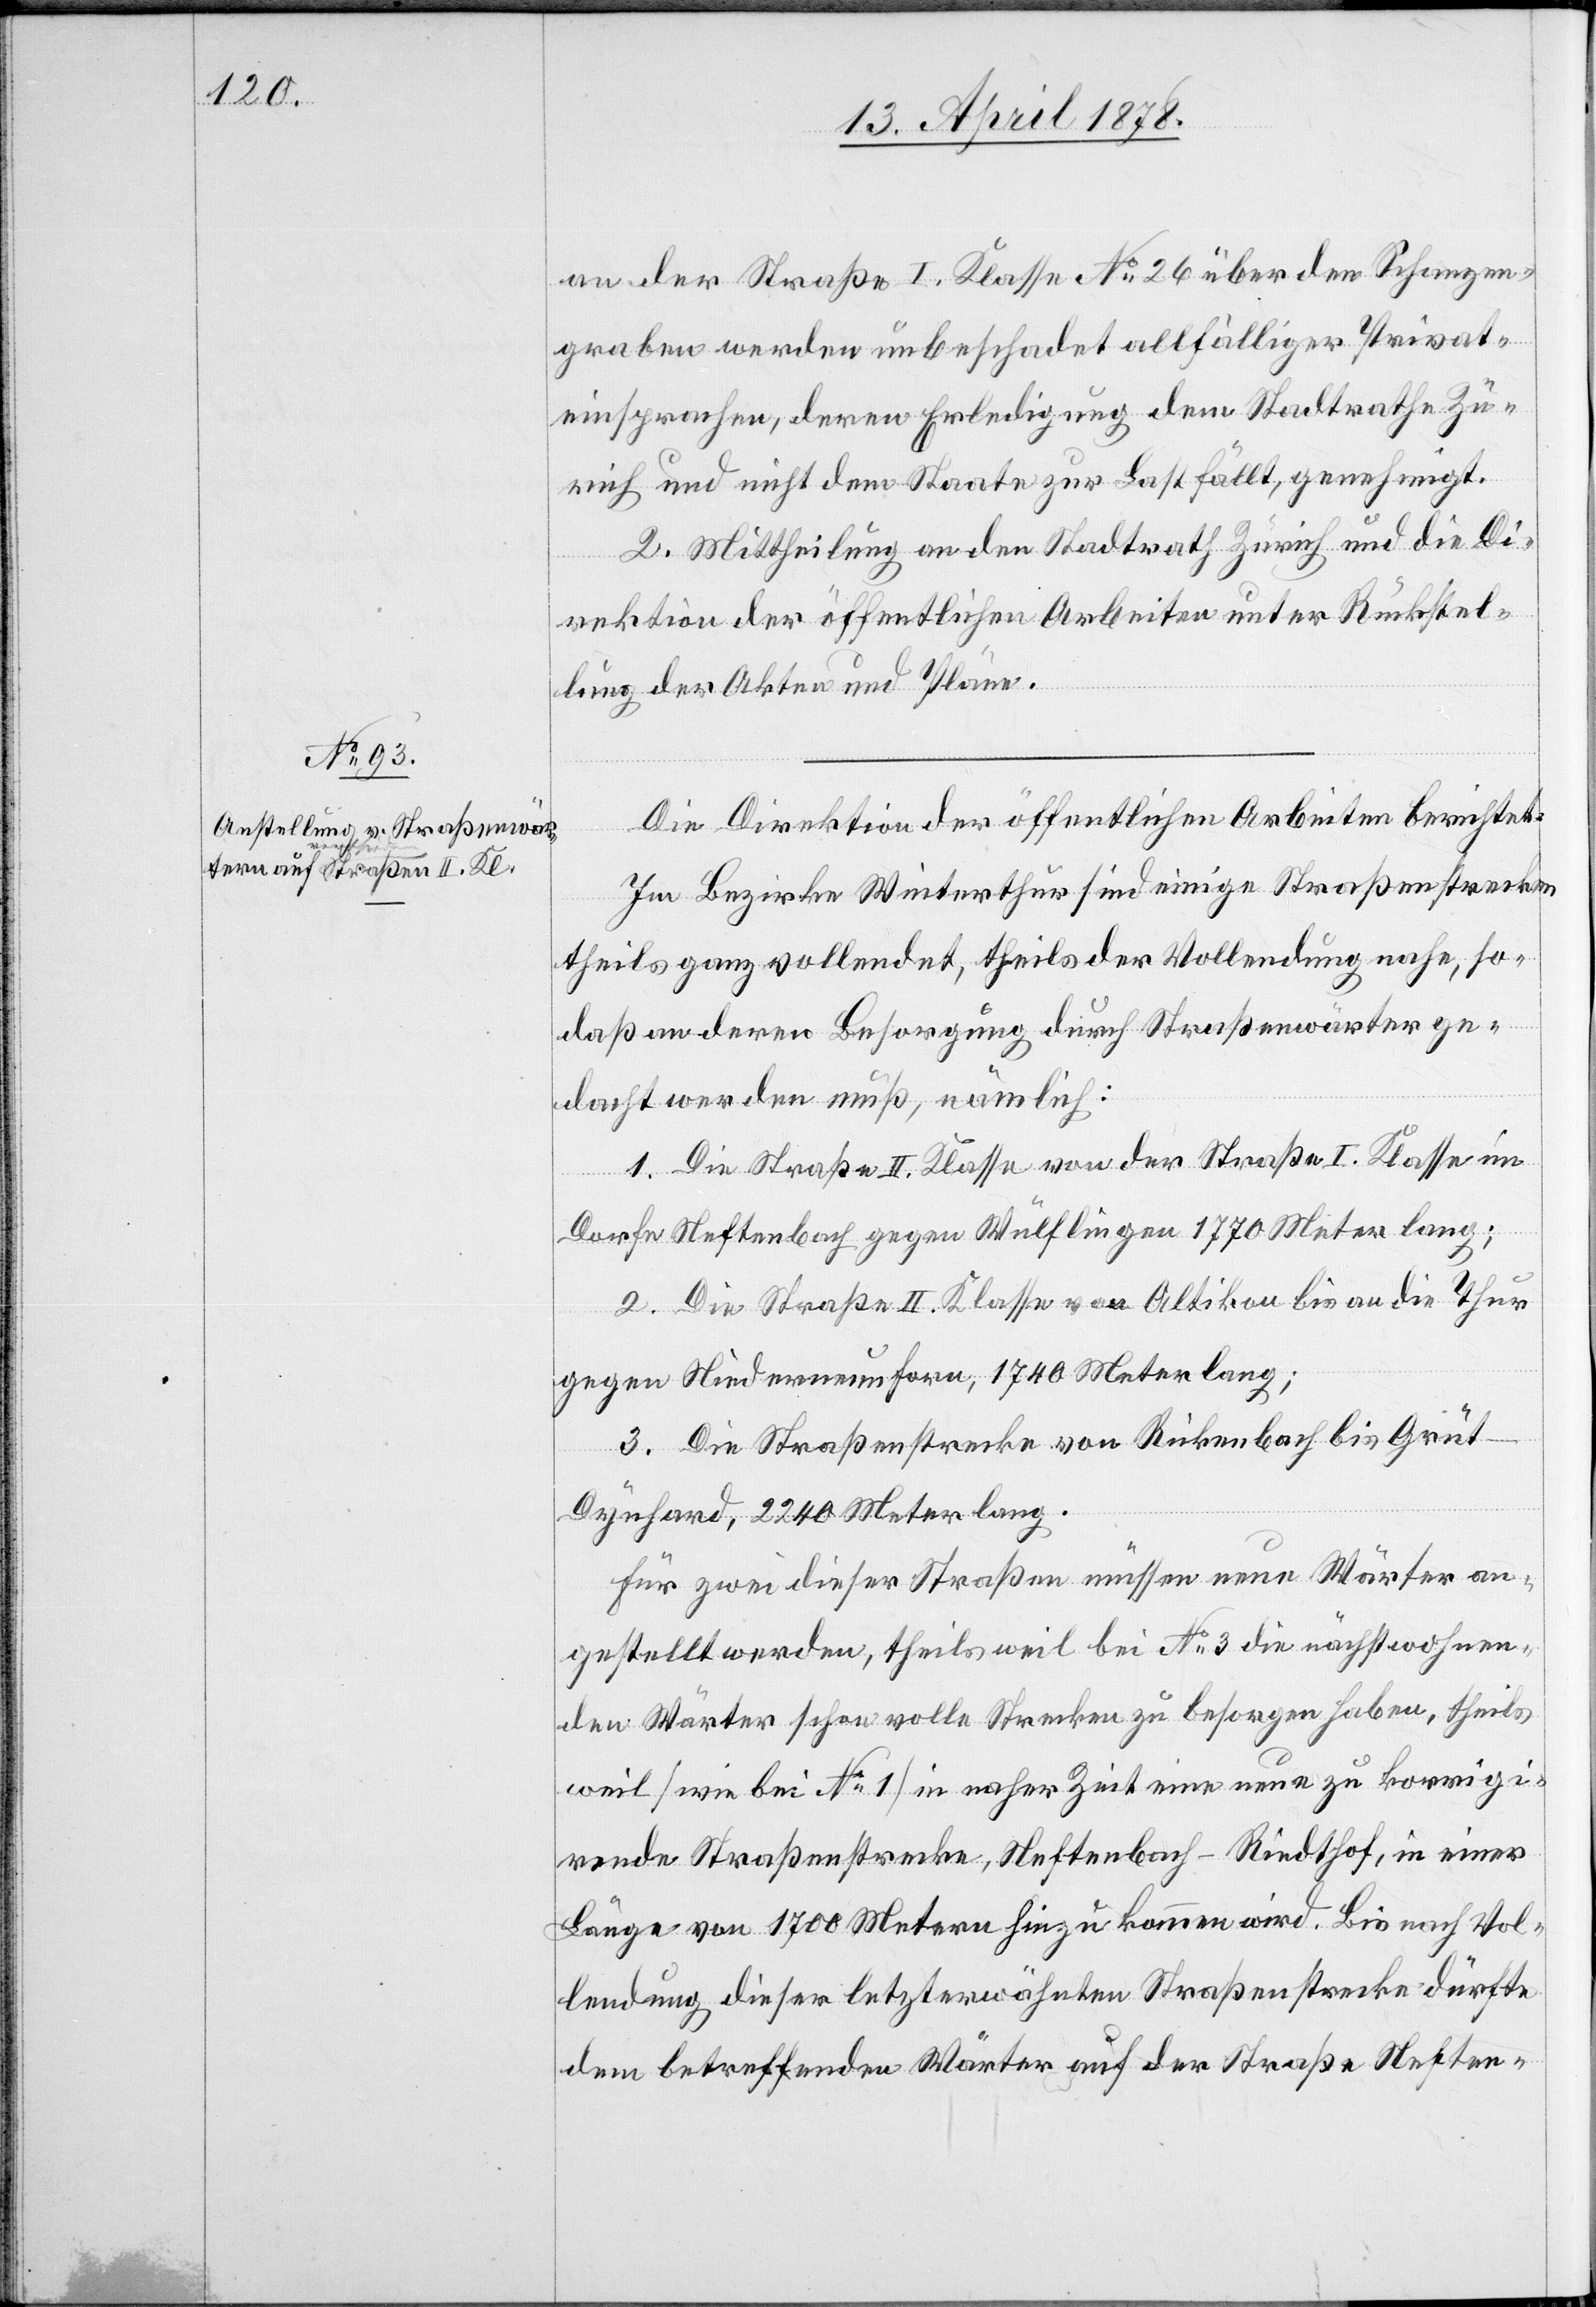
an der Straße I. Klasse No 26 über den Schanzen¬
graben werden unbeschadet allfälliger Privat¬
einsprachen, deren Erledigung dem Stadtrathe Zü¬
rich und nicht dem Staate zur Last fällt, genehmigt.
II.] Mittheilung an den Stadtrath Zürich und die Di¬
rektion der öffentlichen Arbeiten unter Rückstel¬
lung der Akten und Pläne.
Die Direktion der öffentlichen Arbeiten berichtet:
Im Bezirke Winterthur sind einige Straßenstrecken
theils ganz vollendet, theils der Vollendung nahe, so¬
daß an deren Besorgung durch Straßenwärter ge¬
dacht werden muß, nämlich:
1. Die Straße II. Klasse von der Straße I. Klasse im
Dorfe Neftenbach gegen Wülflingen 1770 Meter lang;
2. Die Straße II. Klasse von Altikon bis an die Thur
gegen Niederneunforn, 1740 Meter lang;
3. Die Straßenstrecke von Rickenbach bis Grüt
Dynhard, 2240 Meter lang.
Für zwei dieser Straßen müssen neue Wärter an¬
gestellt werden, theils weil bei No 3 die nächstwohnen¬
den Wärter schon volle Strecken zu besorgen haben, theils
weil (wie bei No 1) in naher Zeit eine neue zu korrigie¬
rende Straßenstrecke, Neftenbach–Riedthof, in einer
Länge von 1700 Metern hinzu kommen wird. Bis nach Vol¬
lendung dieser letzterwähnten Straßenstrecke dürfte
dem betreffenden Wärter auf der Straße Neften-